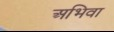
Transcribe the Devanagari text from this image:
अभिवा